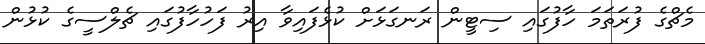
މެޗްގެ ފުރަތަމަ ހާފުގައި ސިޓީން ރަނގަޅަށް ކުޅެފައިވާ އިރު ފަހުހާފުގައި ޗެލްސީގެ ކުޅުން